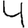
Digit: 4